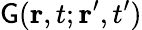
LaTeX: \mathsf{G}(\mathbf{{r}},t;\mathbf{{r}}^{\prime},t^{\prime})